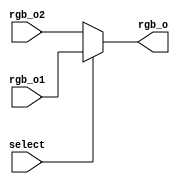
module mux(
	input [2:0] rgb_o1,
	input [2:0] rgb_o2,
	input select,
	output [2:0] rgb_o
);

assign rgb_o = (select) ? rgb_o1 : rgb_o2;

endmodule